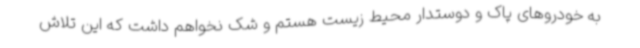
به خودروهای پاک و دوستدار محیط زیست هستم و شک نخواهم داشت که این تلاش